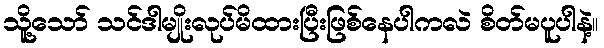
သိူ့သော် သင်ဒါမျိုးလုပ်မိထားပြီးဖြစ်နေပါကလဲ စိတ်မပူပါနဲ့။